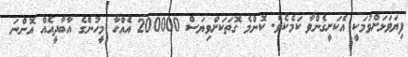
ފިޔަވަޅަށްވުމަކީ އެކަށީގެންވާ ކަމެކެވެ. ކޮންމެ ގޮތަކަށްވިޔަސް 200000 އެއްހާ މީހުންގެ އާބާދީއެއް އޮންނަ